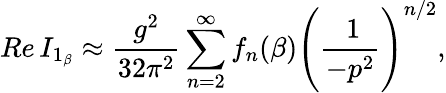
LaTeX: Re\, I_{1_{\beta}}\approx\frac{g^{2}}{32\pi^{2}}\sum_{n=2}^{\infty}f_{n}(\beta)\Bigg(\frac{\: 1}{-p^{2}}\Bigg)^{n/2},